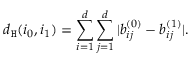
d _ { \mathtt { H } } ( \boldsymbol { i } _ { 0 } , \boldsymbol { i } _ { 1 } ) = \sum _ { i = 1 } ^ { d } \sum _ { j = 1 } ^ { d } | b _ { i j } ^ { ( 0 ) } - b _ { i j } ^ { ( 1 ) } | .